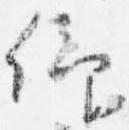
仰